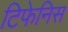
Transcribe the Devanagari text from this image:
टिफेनिस